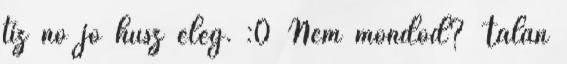
tíz no jó húsz elég. :0 Nem mondod? Talán